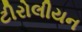
ટીરોલીયન